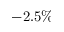
- 2 . 5 \%